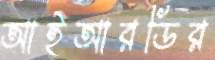
আইআরডির